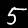
Digit: 5